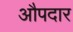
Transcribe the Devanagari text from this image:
औपदार